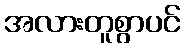
အလားတူစွာပင်